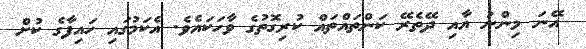
އޭނަ މިންނު އާއި ދޭތެރޭ ކަންތައްތައް ކުރިގޮތުގެ ވާހަކައެވެ. އެކަމުގައި ހައިފާގެ ކުށް